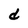
Character: d